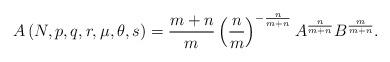
LaTeX: \begin{align*}A\left( N,p,q,r,\mu,\theta,s\right) =\frac{m+n}{m}\left( \frac{n}{m}\right) ^{-\frac{n}{m+n}}A^{\frac{n}{m+n}}B^{\frac{m}{m+n}}.\end{align*}